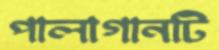
পালাগানটি